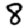
Digit: 8